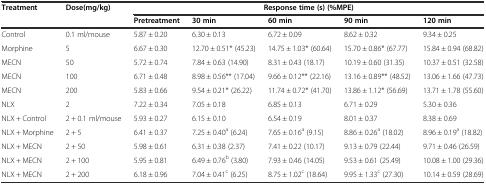
<table><thead><tr><td><b>Treatment</b></td><td><b>Dose(mg/kg)</b></td><td colspan="5"><b>Response time (s) (%MPE)</b></td></tr><tr><td></td><td></td><td><b>Pretreatment</b></td><td><b>30 min</b></td><td><b>60 min</b></td><td><b>90 min</b></td><td><b>120 min</b></td></tr></thead><tbody><tr><td>Control</td><td>0.1 ml/mouse</td><td>5.87 ± 0.20</td><td>6.30 ± 0.13</td><td>6.72 ± 0.09</td><td>8.62 ± 0.32</td><td>9.34 ± 0.25</td></tr><tr><td>Morphine</td><td>5</td><td>6.67 ± 0.30</td><td>12.70 ± 0.51* (45.23)</td><td>14.75 ± 1.03* (60.64)</td><td>15.70 ± 0.86* (67.77)</td><td>15.84 ± 0.94 (68.82)</td></tr><tr><td>MECN</td><td>50</td><td>5.72 ± 0.74</td><td>7.84 ± 0.63 (14.90)</td><td>8.31 ± 0.43 (18.17)</td><td>10.19 ± 0.60 (31.35)</td><td>10.37 ± 0.51 (32.58)</td></tr><tr><td>MECN</td><td>100</td><td>6.71 ± 0.48</td><td>8.98 ± 0.56** (17.04)</td><td>9.66 ± 0.12** (22.16)</td><td>13.16 ± 0.89** (48.52)</td><td>13.06 ± 1.66 (47.73)</td></tr><tr><td>MECN</td><td>200</td><td>5.83 ± 0.66</td><td>9.54 ± 0.21* (26.22)</td><td>11.74 ± 0.72* (41.70)</td><td>13.86 ± 1.12* (56.69)</td><td>13.71 ± 1.78 (55.60)</td></tr><tr><td>NLX</td><td>2</td><td>7.22 ± 0.34</td><td>7.05 ± 0.18</td><td>6.85 ± 0.13</td><td>6.71 ± 0.29</td><td>5.30 ± 0.36</td></tr><tr><td>NLX + Control</td><td>2 + 0.1 ml/mouse</td><td>5.93 ± 0.27</td><td>6.15 ± 0.10</td><td>6.54 ± 0.19</td><td>8.01 ± 0.37</td><td>8.38 ± 0.69</td></tr><tr><td>NLX + Morphine</td><td>2 + 5</td><td>6.41 ± 0.37</td><td>7.25 ± 0.40<sup>a</sup> (6.24)</td><td>7.65 ± 0.16<sup>a</sup> (9.15)</td><td>8.86 ± 0.26<sup>a</sup> (18.02)</td><td>8.96 ± 0.19<sup>a</sup> (18.82)</td></tr><tr><td>NLX + MECN</td><td>2 + 50</td><td>5.98 ± 0.61</td><td>6.31 ± 0.38 (2.37)</td><td>7.41 ± 0.22 (10.17)</td><td>9.13 ± 0.79 (22.44)</td><td>9.71 ± 0.46 (26.59)</td></tr><tr><td>NLX + MECN</td><td>2 + 100</td><td>5.95 ± 0.81</td><td>6.49 ± 0.76<sup>b</sup> (3.80)</td><td>7.93 ± 0.46 (14.05)</td><td>9.53 ± 0.61 (25.49)</td><td>10.08 ± 1.00 (29.36)</td></tr><tr><td>NLX + MECN</td><td>2 + 200</td><td>6.18 ± 0.96</td><td>7.04 ± 0.41<sup>c</sup> (6.25)</td><td>8.75 ± 1.02<sup>c</sup> (18.64)</td><td>9.95 ± 1.33<sup>c</sup> (27.30)</td><td>10.14 ± 0.59 (28.69)</td></tr></tbody></table>